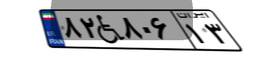
۸۲W۸۰۶۱۳